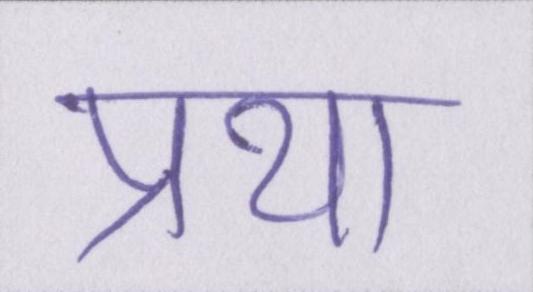
प्रथा